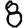
Digit: 8